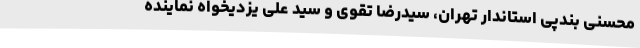
محسنی بندپی استاندار تهران‌، سیدرضا تقوی و سید علی یزدیخواه نماینده